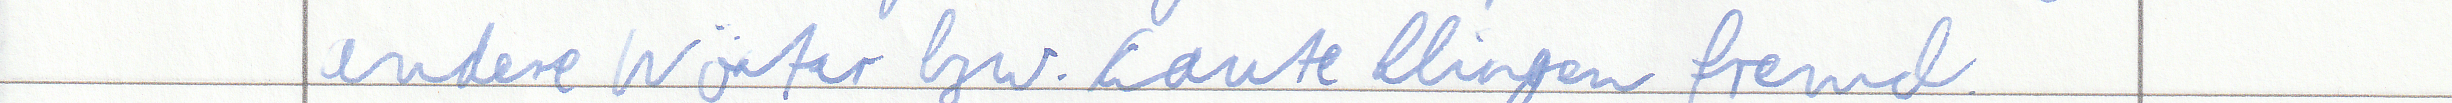
andere Wörter bzw. Laute klingen fremd.